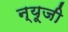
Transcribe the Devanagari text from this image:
न्यूजी